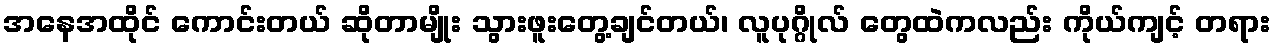
အနေအထိုင် ကောင်းတယ် ဆိုတာမျိုး သွားဖူးတွေ့ချင်တယ်၊ လူပုဂ္ဂိုလ် တွေထဲကလည်း ကိုယ်ကျင့် တရား